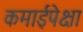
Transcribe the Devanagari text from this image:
कमाईपेक्षा